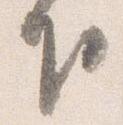
下